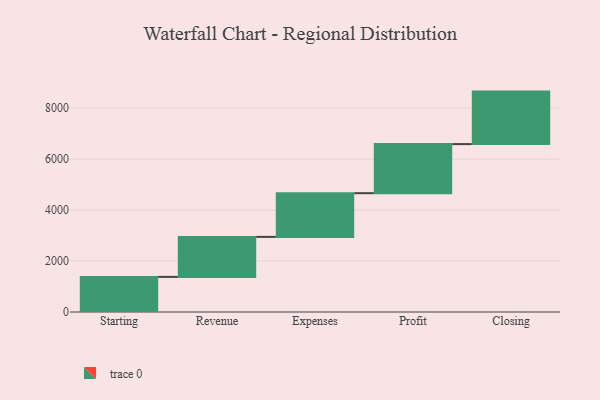
{"axis": {"x": "Step", "y": "Value"}, "legend": [""], "data": [{"x": "Starting", "y": 1378.0, "type": ""}, {"x": "Revenue", "y": 1570.0, "type": ""}, {"x": "Expenses", "y": 1715.0, "type": ""}, {"x": "Profit", "y": 1927.0, "type": ""}, {"x": "Closing", "y": 2060.0, "type": ""}]}